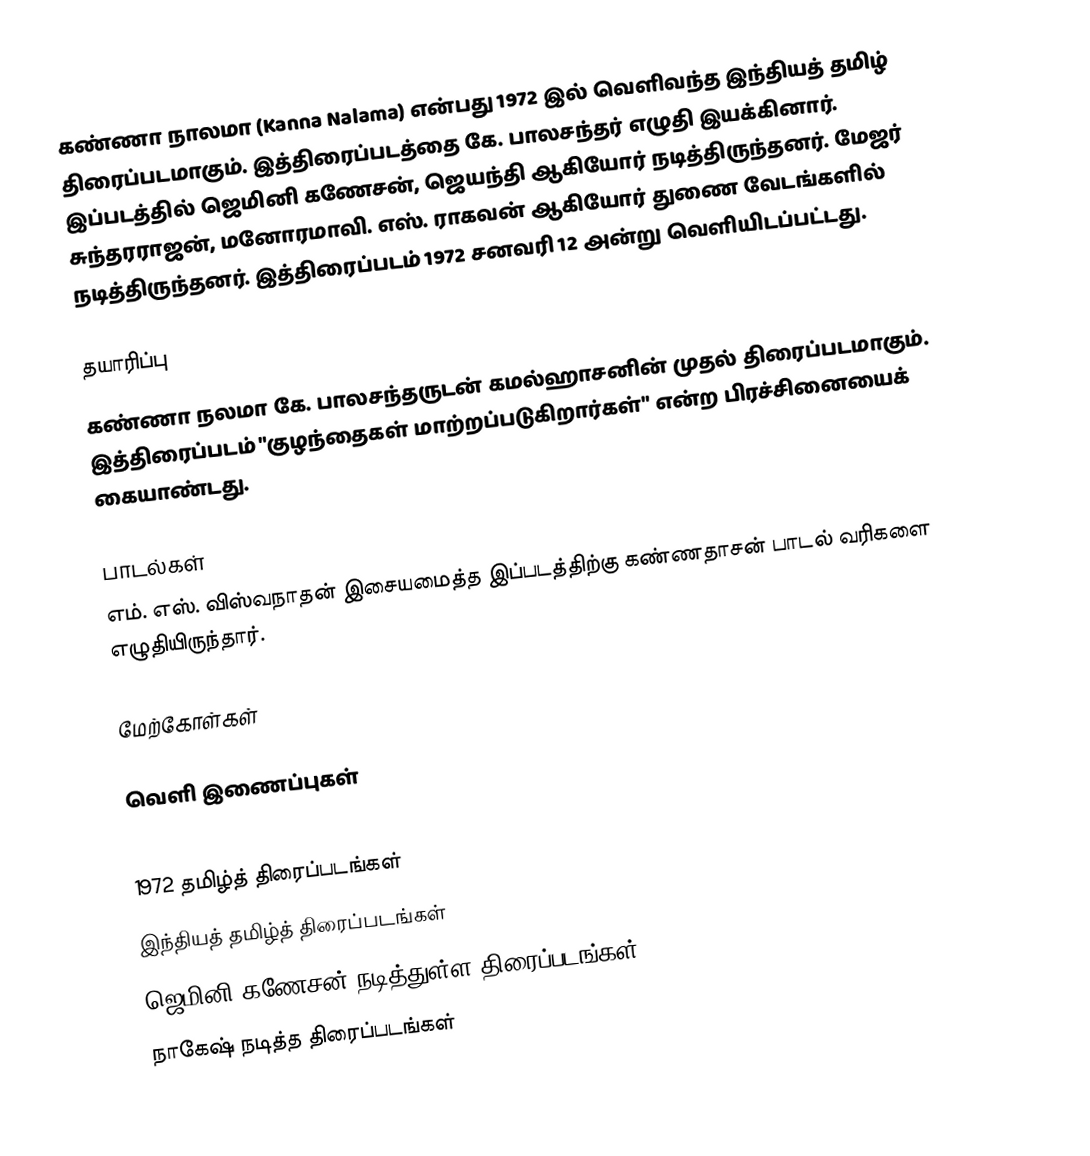
கண்ணா நாலமா (Kanna Nalama) என்பது 1972 இல் வெளிவந்த இந்தியத் தமிழ் திரைப்படமாகும். இத்திரைப்படத்தை கே. பாலசந்தர் எழுதி இயக்கினார். இப்படத்தில் ஜெமினி கணேசன், ஜெயந்தி ஆகியோர் நடித்திருந்தனர். மேஜர் சுந்தரராஜன், மனோரமாவி. எஸ். ராகவன் ஆகியோர் துணை வேடங்களில் நடித்திருந்தனர். இத்திரைப்படம் 1972 சனவரி 12 அன்று வெளியிடப்பட்டது.

தயாரிப்பு
கண்ணா நலமா கே. பாலசந்தருடன் கமல்ஹாசனின் முதல் திரைப்படமாகும். இத்திரைப்படம் "குழந்தைகள் மாற்றப்படுகிறார்கள்" என்ற பிரச்சினையைக் கையாண்டது.

பாடல்கள்
எம். எஸ். விஸ்வநாதன் இசையமைத்த இப்படத்திற்கு கண்ணதாசன் பாடல் வரிகளை எழுதியிருந்தார்.

மேற்கோள்கள்

வெளி இணைப்புகள்

1972 தமிழ்த் திரைப்படங்கள்
இந்தியத் தமிழ்த் திரைப்படங்கள்
ஜெமினி கணேசன் நடித்துள்ள திரைப்படங்கள்
நாகேஷ் நடித்த திரைப்படங்கள்